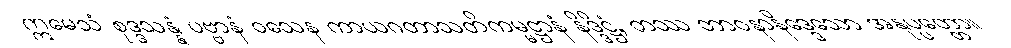
ဣမေသံ စုဒ္ဒသန္နံ ပဗ္ဗာနံ ဝသေန ကာယဂတာသတိကမ္မဋ္ဌာနံ နိဒ္ဒိဋ္ဌံ, တဿ ဘာဝနာနိဒ္ဒေသော အနုပ္ပတ္တော။